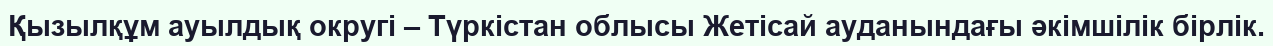
Қызылқұм ауылдық округі – Түркістан облысы Жетісай ауданындағы әкімшілік бірлік.